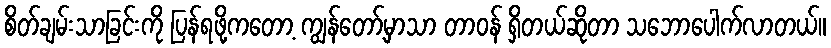
စိတ်ချမ်းသာခြင်းကို ပြန်ရဖို့ကတော့ ကျွန်တော့်မှာသာ တာဝန် ရှိတယ်ဆိုတာ သဘောပေါက်လာတယ်။